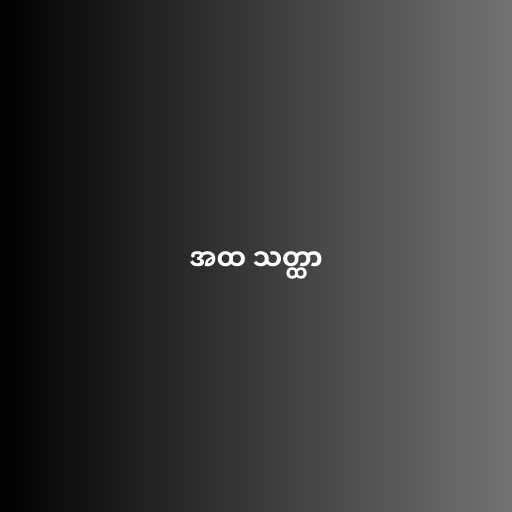
အထ သတ္ထာ